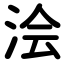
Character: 浍